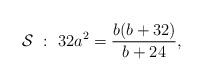
LaTeX: \begin{align*}\mathcal{S}~ :~ 32a^2=\frac{b(b+32)}{b+24},\end{align*}